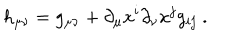
LaTeX: h _ { \mu \nu } = g _ { \mu \nu } + \partial _ { \mu } x ^ { i } \partial _ { \nu } x ^ { j } g _ { i j } \ .